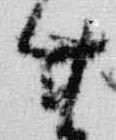
廿